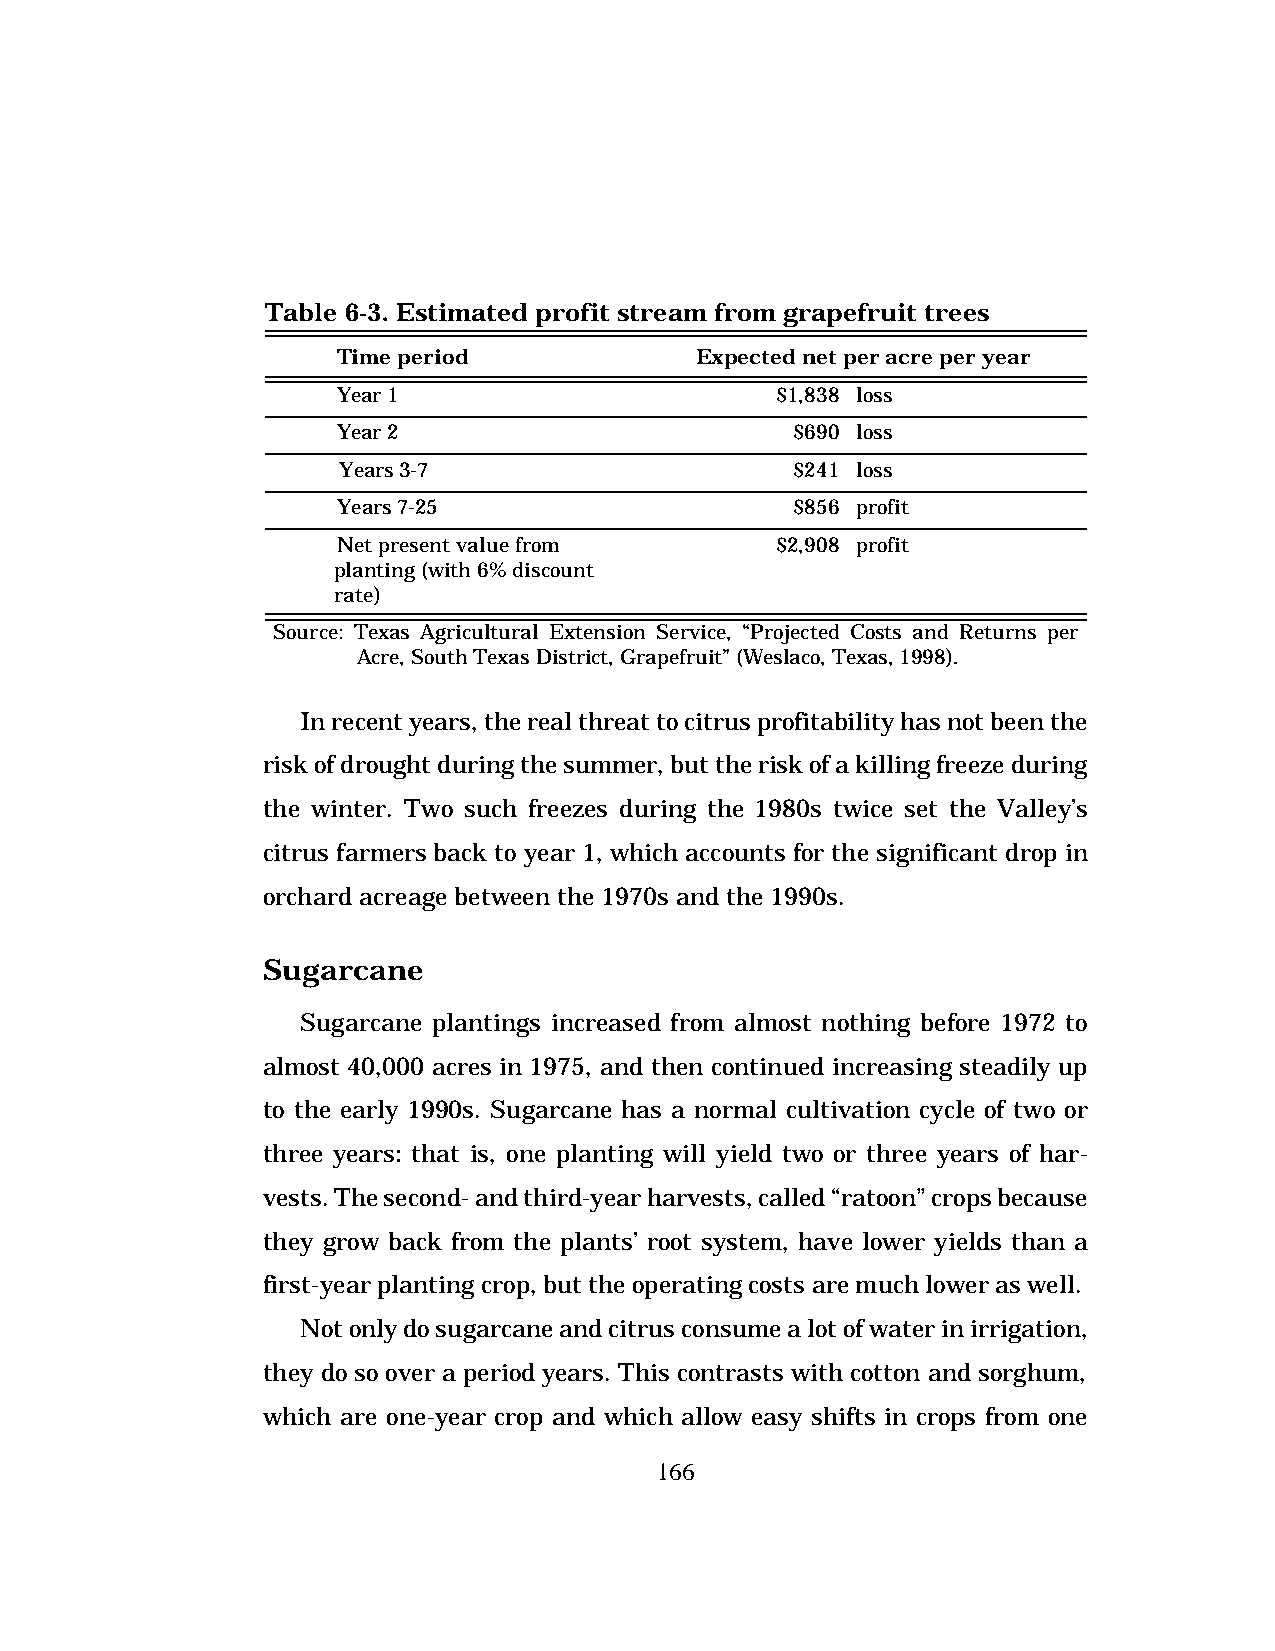
Table 6-3. Estimated profit stream from grapefruit trees
 Time period             Expected net per acre per year
 Year 1                       $1,838 loss
 Year 2                         $690 loss
 Years 3-7                      $241 loss
 Years 7-25                     $856 profit
 Net present value from       $2,908 profit
 planting (with 6% discount
 rate)
 Source: Texas Agricultural Extension Service, “Projected Costs and Returns per
 Acre, South Texas District, Grapefruit” (Weslaco, Texas, 1998).
 In recent years, the real threat to citrus profitability has not been the
 risk of drought during the summer, but the risk of a killing freeze during
 the winter. Two such freezes during the 1980s twice set the Valley’s
 citrus farmers back to year 1, which accounts for the significant drop in
 orchard acreage between the 1970s and the 1990s.
 Sugarcane
 Sugarcane plantings increased from almost nothing before 1972 to
 almost 40,000 acres in 1975, and then continued increasing steadily up
 to the early 1990s. Sugarcane has a normal cultivation cycle of two or
 three years: that is, one planting will yield two or three years of har-
 vests. The second- and third-year harvests, called “ratoon” crops because
 they grow back from the plants’ root system, have lower yields than a
 first-year planting crop, but the operating costs are much lower as well.
 Not only do sugarcane and citrus consume a lot of water in irrigation,
 they do so over a period years. This contrasts with cotton and sorghum,
 which are one-year crop and which allow easy shifts in crops from one
 166